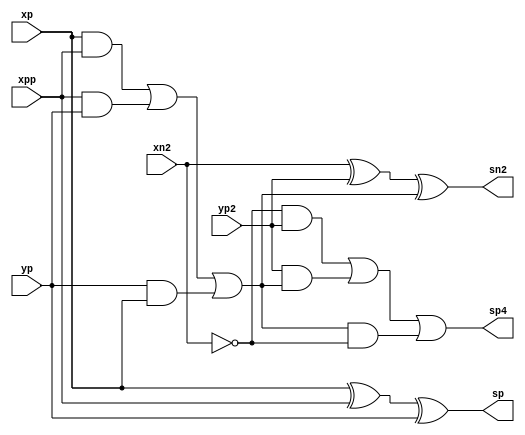
module mrHY4A(
    input xn2, xp, xpp,
    input yp2, yp,
    output sp4, sn2, sp
);
// FA
assign sp = xp ^ xpp ^ yp;
wire cp2;
assign cp2 = (xp & xpp) | (xpp & yp) | (yp & xp);
// PPM
assign sn2 = xn2 ^ yp2 ^ cp2;
assign sp4 = (~xn2 & yp2) | (yp2 & cp2) | (cp2 & ~xn2);
endmodule